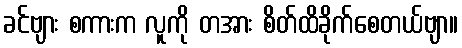
ခင်ဗျား စကားက လူကို တအား စိတ်ထိခိုက်စေတယ်ဗျာ။